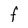
Character: F